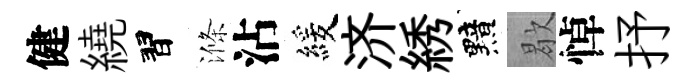
健繞習滌沾緩济綉黯歇悼抒